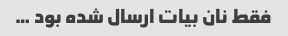
فقط نان بیات ارسال شده بود …